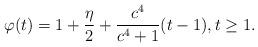
LaTeX: \begin{align*}\varphi(t)=1+\frac{\eta}{2}+\frac{c^4}{c^4+1}(t-1),t\ge 1.\end{align*}